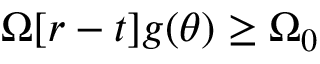
\Omega [ r - t ] g ( \theta ) \geq \Omega _ { 0 }